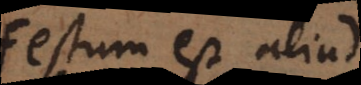
manifestum est aliud